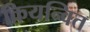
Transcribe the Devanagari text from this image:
क्रियन्वित